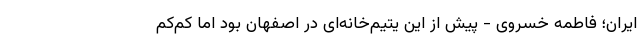
ایران؛ فاطمه خسروی - پیش از این یتیم‌خانه‌ای در اصفهان بود اما کم‌کم